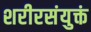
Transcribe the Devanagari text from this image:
शरीरसंयुक्तं